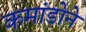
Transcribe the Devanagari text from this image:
कमांडोने